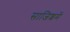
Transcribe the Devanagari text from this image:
साजिशमें